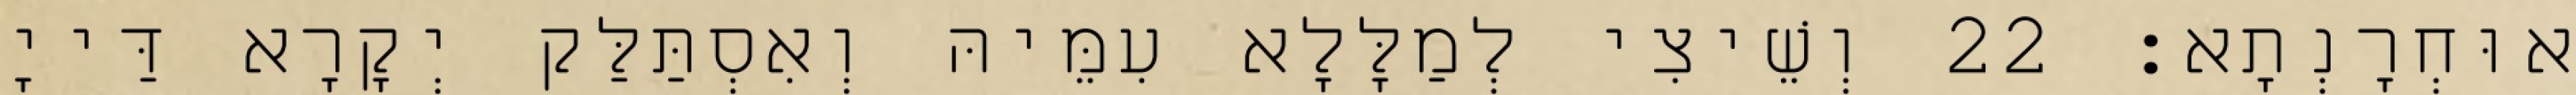
אוּחְרָנְתָא׃ 22 וְשֵׁיצִי לְמַלָּלָא עִמֵּיהּ וְאִסְתַּלַּק יְקָרָא דַּייָ